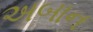
અબાન